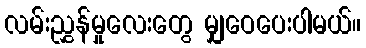
လမ်းညွှန်မှုလေးတွေ မျှဝေပေးပါမယ်။